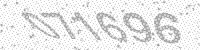
Solution: 071696